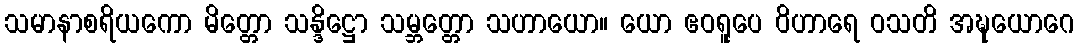
သမာနာစရိယကော မိတ္တော သန္ဒိဋ္ဌော သမ္ဘတ္တော သဟာယော။ ယော ဧဝရူပေ ဝိဟာရေ ဝသတိ အဍ္ဎယောဂေ